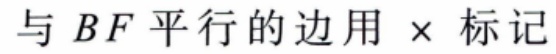
与 \(BF\) 平行的边用 \(\times\) 标记